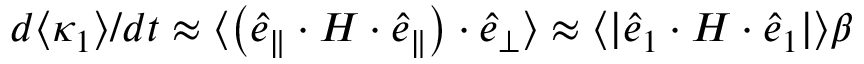
d \langle \kappa _ { 1 } \rangle / d t \approx \langle \left( \boldsymbol { \hat { e } } _ { \parallel } \cdot \boldsymbol { H } \cdot \boldsymbol { \hat { e } } _ { \parallel } \right) \cdot \boldsymbol { \hat { e } } _ { \perp } \rangle \approx \langle | \boldsymbol { \hat { e } } _ { 1 } \cdot \boldsymbol { H } \cdot \boldsymbol { \hat { e } } _ { 1 } | \rangle \beta